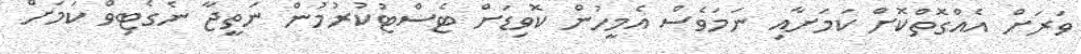
ވަރަށް އެއްގޮތްކޮށް ކަމަށާއި ނަމަވެސް އެމީހުން ކޮވިޑަށް ޓެސްޓުކުރުމުން ނަތީޖާ ނެގެޓިވް ކަމަށް